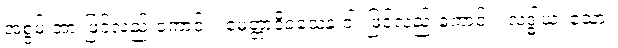
အစွမ်းအားဖြင့်လည်းကောင်း။ မေတ္တာဒိဝသေန ဝါ၊ ဖြင့်လည်းကောင်း။ လဒ္ဓါယ၊ သော။